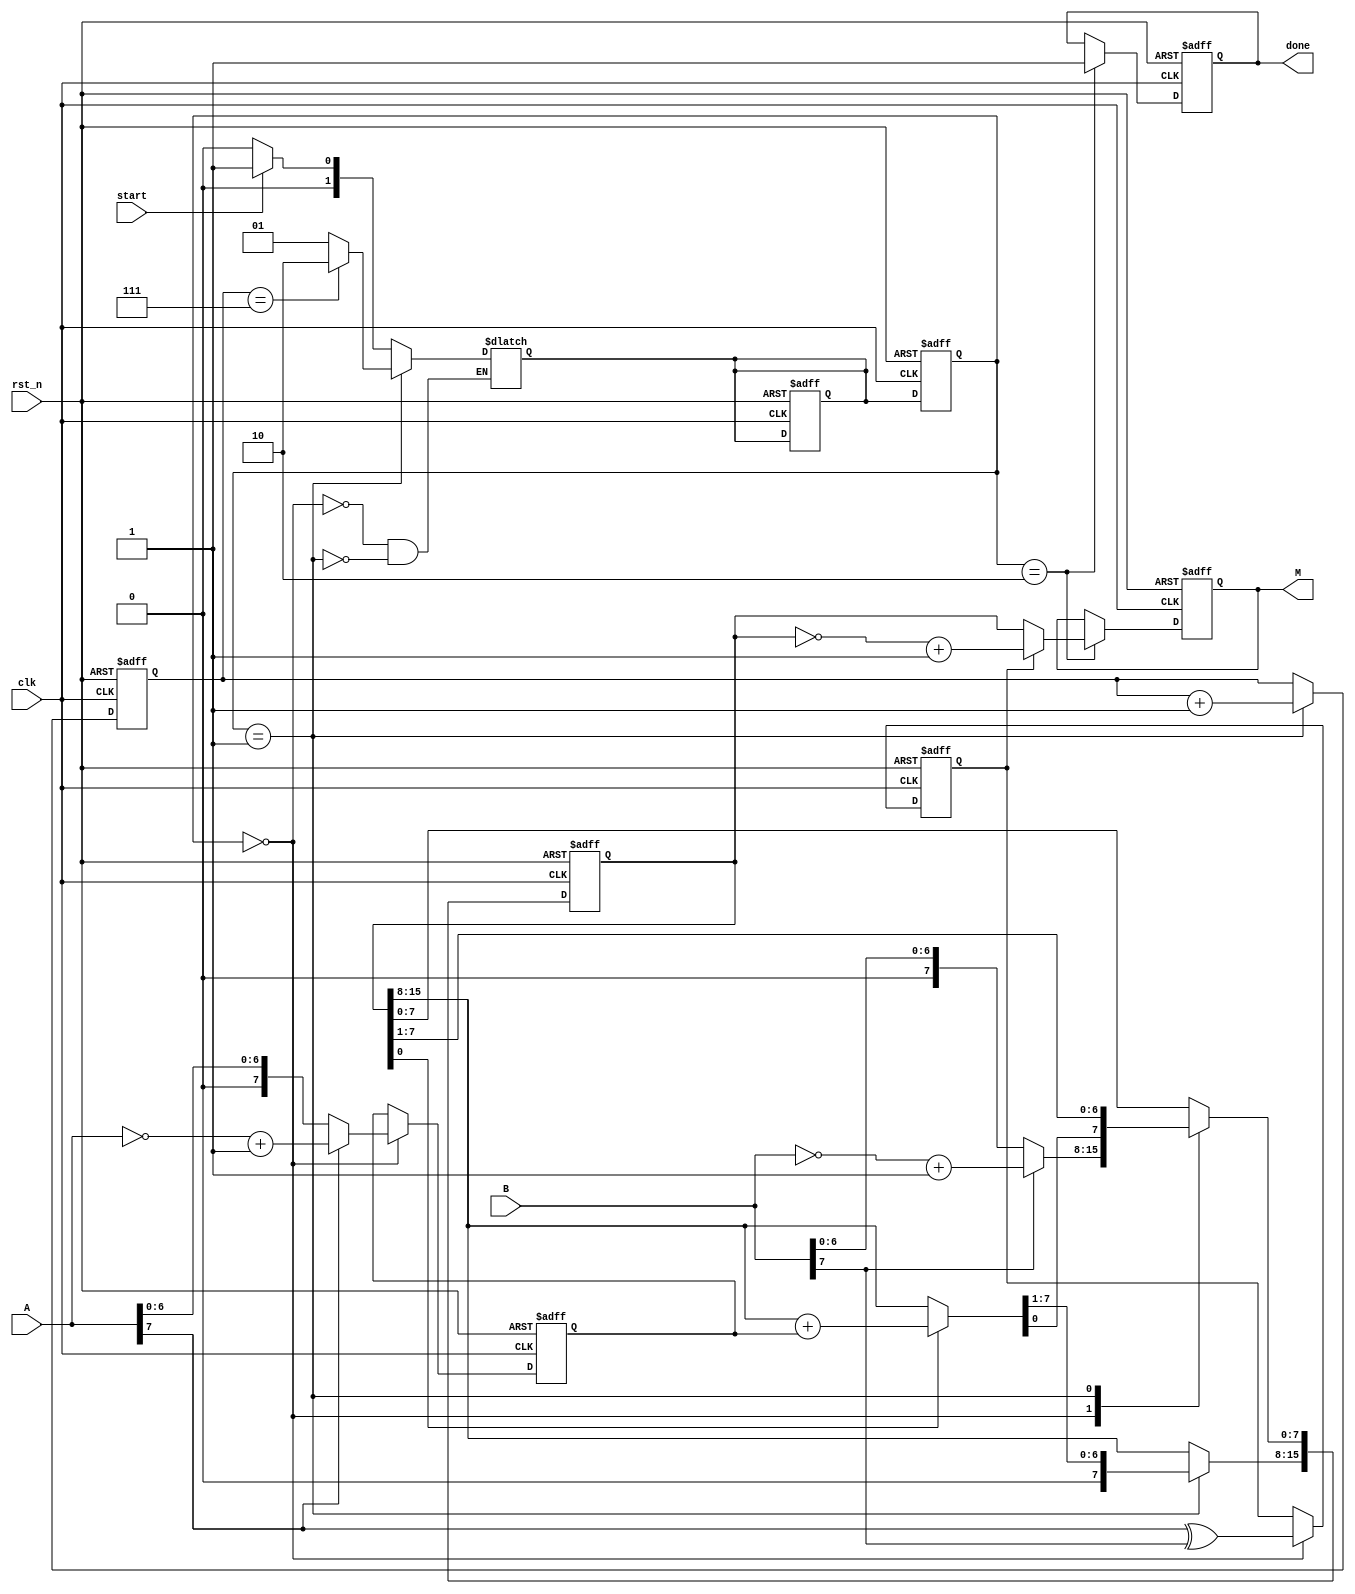
module mulitiplier (A, B, M, clk, rst_n, start, done);
// declare inputs and outputs
parameter WIDTH = 8;
input  [WIDTH - 1:0] A, B;
output reg [2 * WIDTH - 1:0] M;
input clk, rst_n, start;
output reg done;
// declare state parameter for state machine
// LOAD_STATE: load the value of A and B to regs
parameter LOAD_STATE    = 2'd0;
// PRODUCT_STATE: shift and add
parameter PRODUCT_STATE = 2'd1;
// DONE_STATE: final result is calculated
parameter DONE_STATE    = 2'd2;
// declare registers
reg [WIDTH - 1:0] multiplicand;
reg [2 * WIDTH - 1:0] product;
reg [2:0] count;
reg [1:0] cur_state, next_state;
reg signed_bit;
// state switch
always@(*)
begin
    case (cur_state)
        // when start is enable, move to PRODUCT_STATE
        LOAD_STATE: next_state = start ? PRODUCT_STATE : LOAD_STATE;
        // when count reach WIDTH - 1, that means production is done
        // then move to DONE_STATE
        PRODUCT_STATE: next_state = count == WIDTH - 1 ? DONE_STATE : PRODUCT_STATE;
    endcase
end
// reset all variables when rst_n = 0
// otherwise transfer current state
// and run logic for each state
always @ (posedge clk or negedge rst_n)
begin
    if (!rst_n)
    begin
        multiplicand <= {WIDTH{1'b0}};
        product <= {2*WIDTH{1'b0}};
        cur_state <= 2'd0;
        count <= 3'd0;
        M <= {2*WIDTH{1'b0}};
        done <= 1'b0;
        signed_bit <= 1'b0;
        next_state <= 1'b0;
    end
    else
    begin
        cur_state <= next_state;
        case (cur_state)
            LOAD_STATE:
            begin
                // load absolute value of A to multiplicand
                multiplicand = !A[WIDTH - 1] ? A : ~A + 1;
                // load absolute value of B to the right side of product
                product[WIDTH - 1:0] = !B[WIDTH - 1] ? B : ~B + 1;
                // calculate the sign for the result
                signed_bit = A[WIDTH - 1] ^ B[WIDTH - 1];
            end
            PRODUCT_STATE:
            begin
                // check rightest bits of product (multiplier)
                // if 1, then add to the product
                if (product[0] == 1)
                    product[2 * WIDTH - 1:WIDTH] = product[2 * WIDTH - 1:WIDTH] + multiplicand;
                // right shift product
                product = {0, product[2 * WIDTH - 1: 1]};
                // increase counter of add by one
                count = count + 1;
            end
            DONE_STATE:
            begin
                // check whether signed_bit is 1
                // if 1, then output 2's complement of product
                M = signed_bit ? ~product + 1 : product;
                // done signal to indicate the process is done
                done = 1'b1;
            end
        endcase
    end
end

endmodule